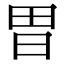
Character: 𭥫